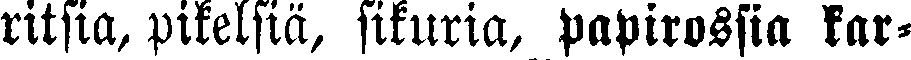
ritsia, pikelsiä, sikuria, papirossia kar-